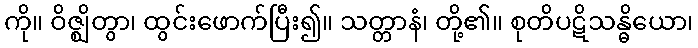
ကို။ ဝိဇ္ဈိတွာ၊ ထွင်းဖောက်ပြီး၍။ သတ္တာနံ၊ တို့၏။ စုတိပဋိသန္ဓိယော၊